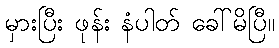
မှားပြီး ဖုန်း နံပါတ် ခေါ်မိပြီ။